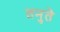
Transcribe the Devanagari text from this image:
तनुते